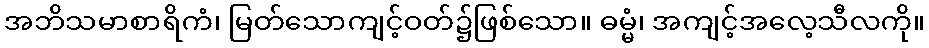
အဘိသမာစာရိကံ၊ မြတ်သောကျင့်ဝတ်၌ဖြစ်သော။ ဓမ္မံ၊ အကျင့်အလေ့သီလကို။